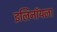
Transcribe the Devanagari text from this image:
इलिनॉयला